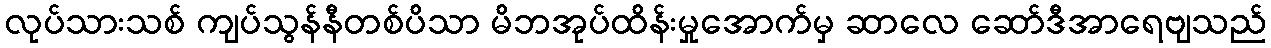
လုပ်သားသစ် ကျပ်သွန်နီတစ်ပိသာ မိဘအုပ်ထိန်းမှုအောက်မှ ဆာလေ ဆော်ဒီအာရေဗျသည်